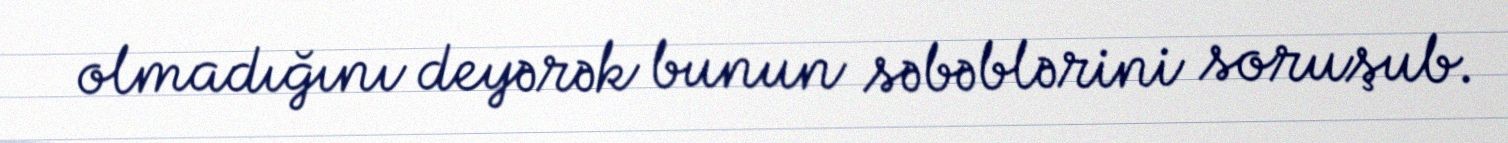
olmadığını deyərək bunun səbəblərini soruşub.